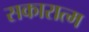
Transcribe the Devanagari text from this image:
सकारात्म